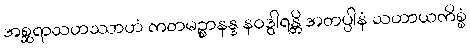
အစ္ဆရာသဟဿာဟံ ကတမဉ္စာနန္ဒ နဝဒွါရန္တိ အတပ္ပါနံ သဟာယကိစ္စံ